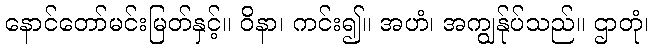
နောင်တော်မင်းမြတ်နှင့်။ ဝိနာ၊ ကင်း၍။ အဟံ၊ အကျွန်ုပ်သည်။ ဌာတုံ၊